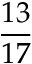
\frac { 1 3 } { 1 7 }